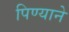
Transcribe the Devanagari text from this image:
पिण्याने